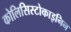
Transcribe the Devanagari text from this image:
कोलिसिस्टोकाइनिन